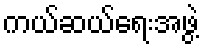
ကယ်ဆယ်ရေးအဖွဲ့